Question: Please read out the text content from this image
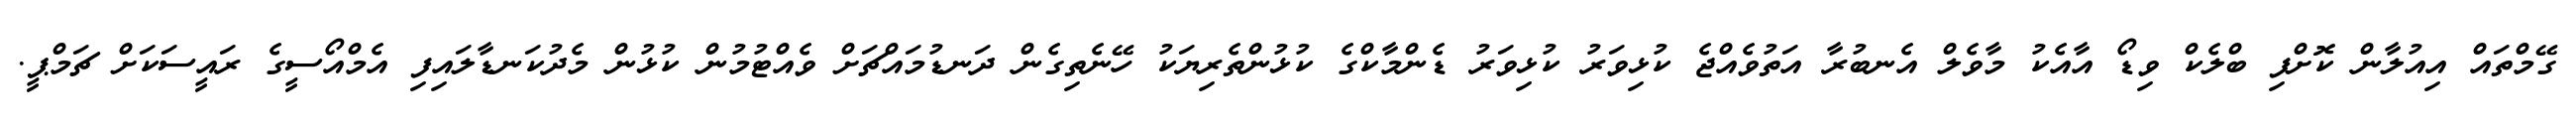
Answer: ގޭމްތައް އިއުލާން ކޮށްފި ބްލެކް ވިޑޯ އާއެކު މާވެލް އެނބުރާ އަތުވެއްޖެ ކުޅިވަރު ކުޅިވަރު ޑެންމާކްގެ ކުޅުންތެރިޔަކު ހޭނެތިގެން ދަނޑުމައްޗަށް ވެއްޓުމުން ކުޅުން މެދުކަނޑާލައިފި އެމްއޯސީގެ ރައީސަކަށް ޗަމްޕީ.